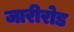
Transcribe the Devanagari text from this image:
जारीरोड